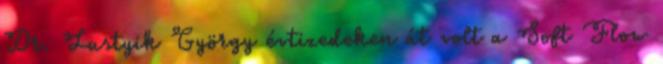
Dr. Lustyik György évtizedeken át volt a Soft Flow